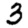
Digit: 3